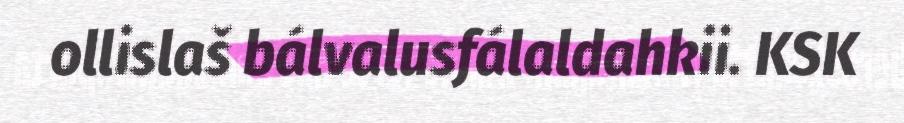
ollislaš bálvalusfálaldahkii. KSK